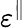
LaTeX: \varepsilon^{\parallel}